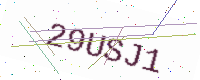
Text: 29USJ1